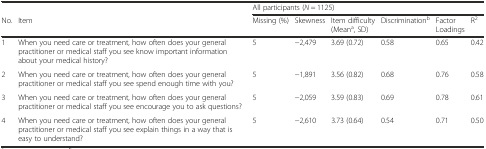
|  |  | <COLSPAN=6> All participants (N = 1125) |
 | No. | Item | Missing (%) | Skewness | Item difficulty (Meana, SD) | Discriminationb | Factor Loadings | R2 |
 | --- | --- | --- | --- | --- | --- | --- | --- |
 | 1 | When you need care or treatment, how often does your general practitioner or medical staff you see know important information about your medical history? | 5 | −2,479 | 3.69 (0.72) | 0.58 | 0.65 | 0.42 |
 | 2 | When you need care or treatment, how often does your general practitioner or medical staff you see spend enough time with you? | 5 | −1,891 | 3.56 (0.82) | 0.68 | 0.76 | 0.58 |
 | 3 | When you need care or treatment, how often does your general practitioner or medical staff you see encourage you to ask questions? | 5 | −2,059 | 3.59 (0.83) | 0.69 | 0.78 | 0.61 |
 | 4 | When you need care or treatment, how often does your general practitioner or medical staff you see explain things in a way that is easy to understand? | 5 | −2,610 | 3.73 (0.64) | 0.54 | 0.71 | 0.50 |